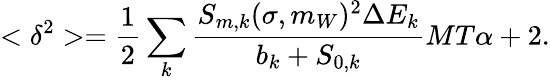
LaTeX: <\delta^{2}>=\frac{1}{2}\sum_{k}\frac{S_{m,k}(\sigma,m_{W})^{2}\Delta E_{k}}{b_{k}+S_{0,k}}MT\alpha+2.